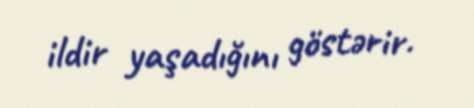
ildir yaşadığını göstərir.